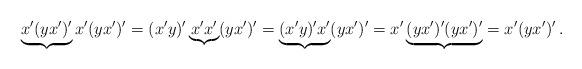
LaTeX: \begin{align*}\underbrace{x'(yx')'}x'(yx')' = (x'y)'\underbrace{x'x'}(yx')'= \underbrace{(x'y)'x'}(yx')' = x'\underbrace{(yx')'(yx')'} = x'(yx')'\,.\end{align*}